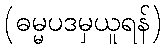
(ဓမ္မပဒမှယူရန်)